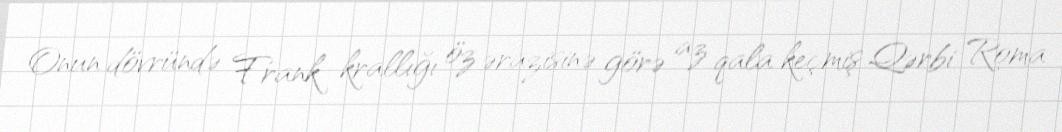
Onun dövründə Frank krallığı öz ərazisinə görə az qala keçmiş Qərbi Roma